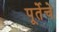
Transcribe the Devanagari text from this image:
पूर्तेचे